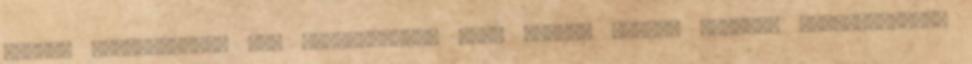
elnöki interjújában azt hangoztatta, hogy “emelt fővel” távozik Washingtonból